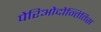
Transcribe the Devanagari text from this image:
पेरिओदोन्तितिस